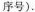
序号).